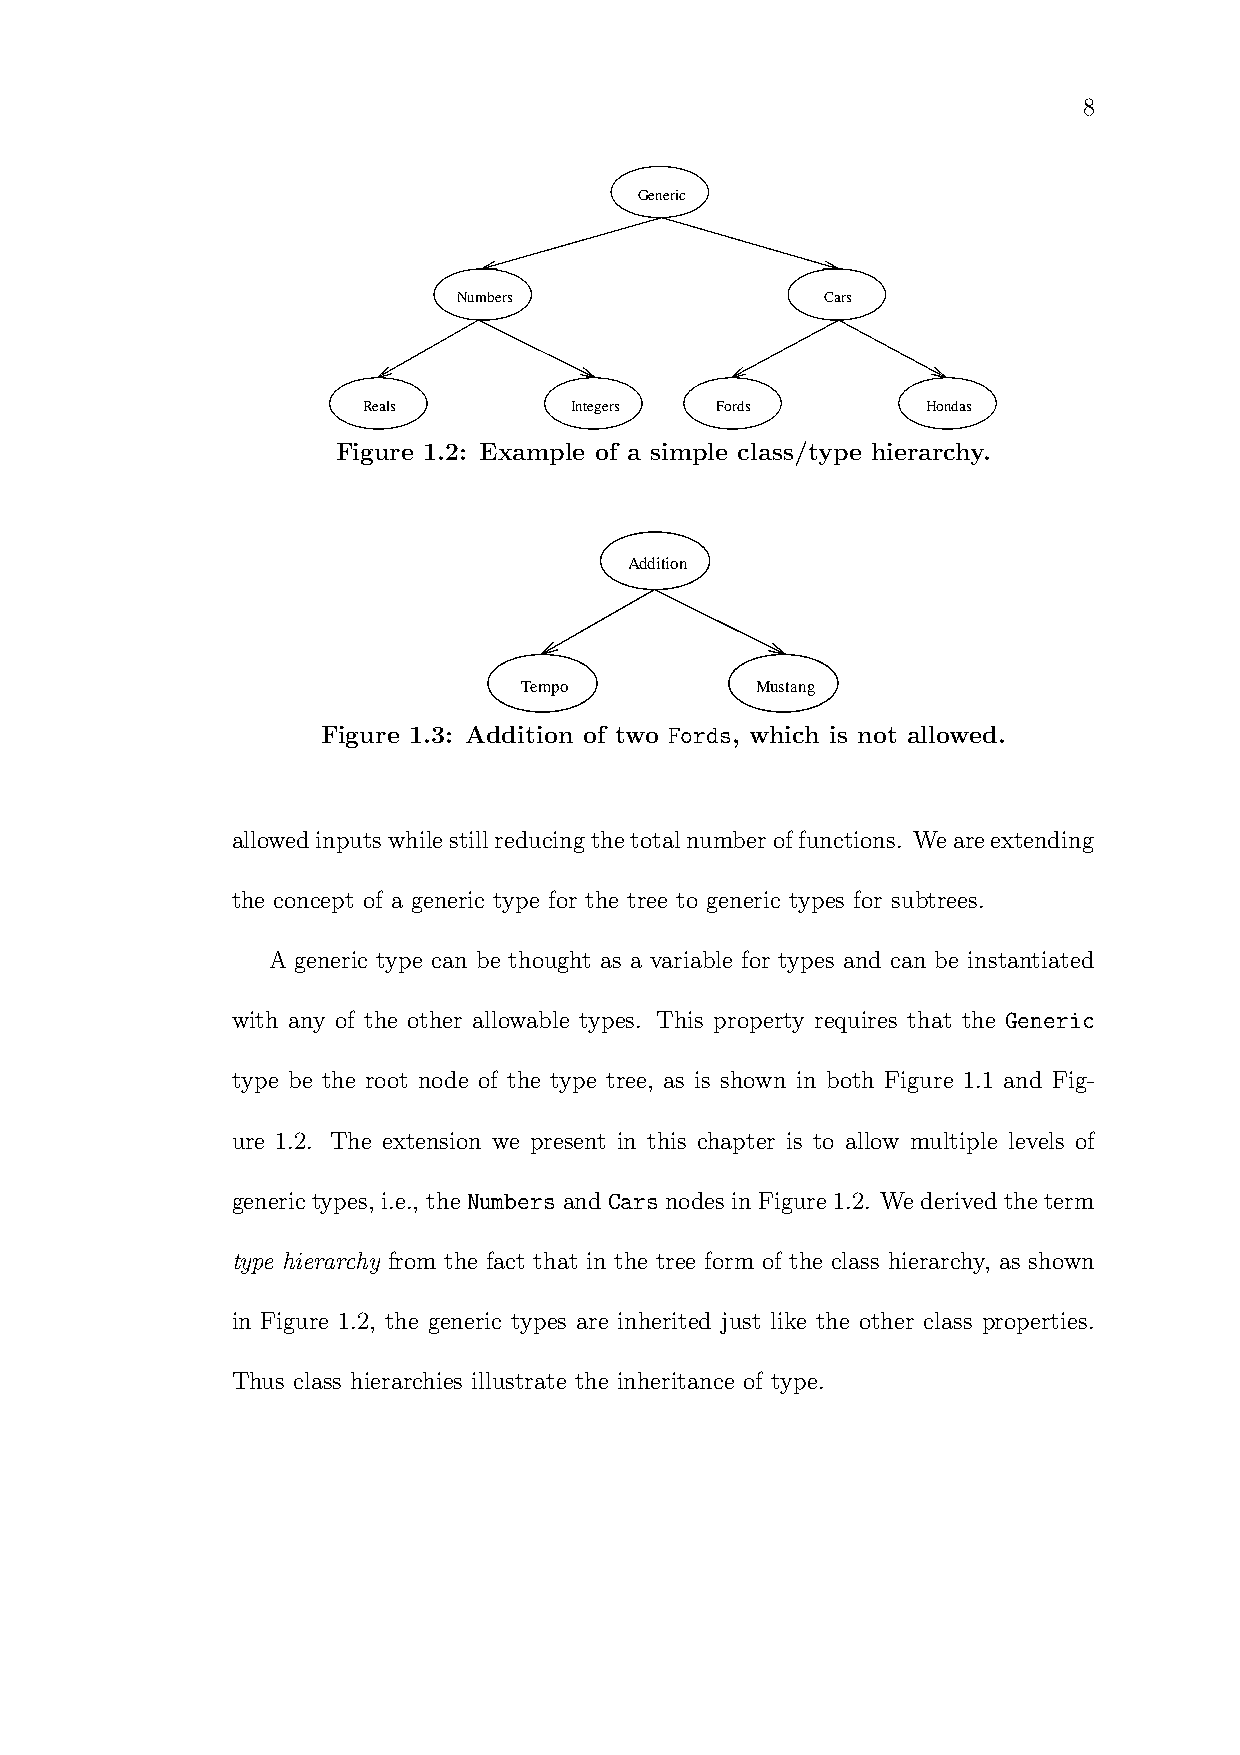
8
 Generic
 Numbers                  Cars
 Reals         Integers Fords         Hondas
 Figure 1.2: Example of a simple class/type hierarchy.
 Addition
 Tempo           Mustang
 Figure 1.3: Addition of two Fords, which is not allowed.
 allowedinputswhilestillreducingthetotalnumber offunctions. Weareextending
 the concept of a generic type for the tree to generic types for subtrees.
 A generic type can be thought as a variable for types and can be instantiated
 with any of the other allowable types. This property requires that the Generic
 type be the root node of the type tree, as is shown in both Figure 1.1 and Fig-
 ure 1.2. The extension we present in this chapter is to allow multiple levels of
 generictypes, i.e., theNumbers andCars nodesinFigure1.2. Wederived theterm
 type hierarchy from the fact that in the tree form of the class hierarchy, as shown
 in Figure 1.2, the generic types are inherited just like the other class properties.
 Thus class hierarchies illustrate the inheritance of type.